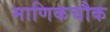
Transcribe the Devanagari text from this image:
माणिकचौक